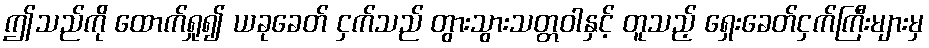
ဤသည်ကို ထောက်ရှု၍ ယခုခေတ် ငှက်သည် တွားသွားသတ္တဝါနှင့် တူသည့် ရှေးခေတ်ငှက်ကြီးများမှ